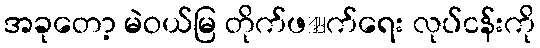
အခုတော့ မဲဝယ်မြ တိုက်ဖဵက်ရေး လုပ်ငန်းကို